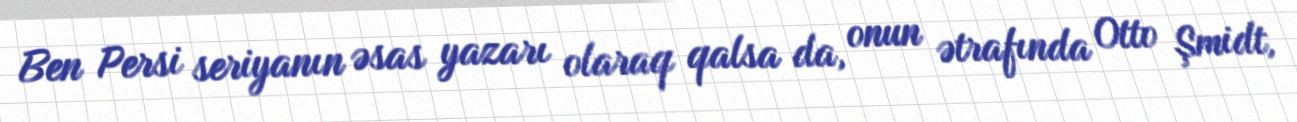
Ben Persi seriyanın əsas yazarı olaraq qalsa da, onun ətrafında Otto Şmidt,